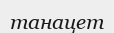
танацет